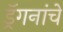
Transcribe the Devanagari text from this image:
ड्रॅगनांचे